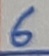
Text: 6